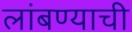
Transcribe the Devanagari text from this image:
लांबण्याची